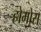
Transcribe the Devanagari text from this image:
होमोस